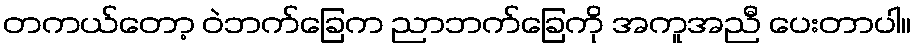
တကယ်တော့ ဝဲဘက်ခြေက ညာဘက်ခြေကို အကူအညီ ပေးတာပါ။